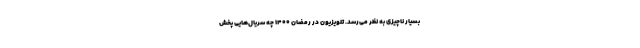
بسیار ناچیزی به نظر می‌رسد. تلویزیون در رمضان ۱۴۰۰ چه سریال‌هایی پخش